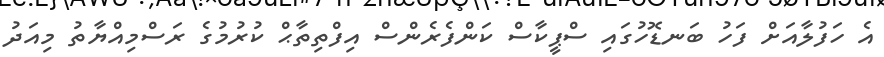
އެ ހަފުލާއަށް ފަހު ބަނޑޮހުގައި ސްޕީކާސް ކަންފެރެންސް އިފްތިތާޙް ކުރުމުގެ ރަސްމިއްޔާތު މިއަދު